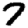
Digit: 7